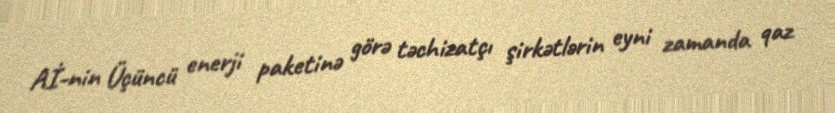
Aİ-nin Üçüncü enerji paketinə görə təchizatçı şirkətlərin eyni zamanda qaz